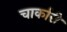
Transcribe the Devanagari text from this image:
चार्कारी